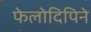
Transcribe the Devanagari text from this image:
फेलोदिपिने